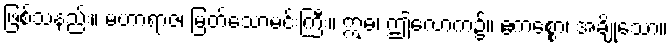
ဖြစ်သနည်း။ မဟာရာဇ၊ မြတ်သောမင်းကြီး။ ဣဓ၊ ဤလောက၌။ ဧကစ္စော၊ အချို့သော။